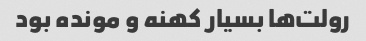
رولت‌ها بسیار کهنه و مونده بود